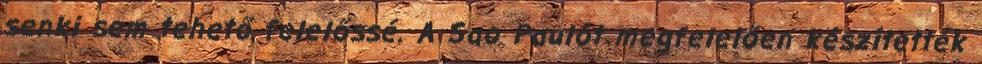
senki sem tehető felelőssé. A Sao Paulót megfelelően készítették